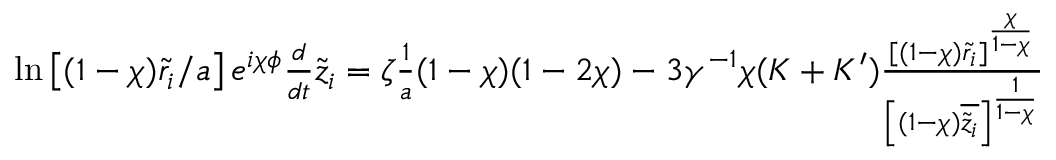
\begin{array} { r l } & { \ln \left[ ( 1 - \chi ) \tilde { r } _ { i } / a \right] e ^ { i \chi \phi } \frac { d } { d t } \tilde { z } _ { i } = \zeta \frac { 1 } { a } ( 1 - \chi ) ( 1 - 2 \chi ) - 3 \gamma ^ { - 1 } \chi ( K + K ^ { \prime } ) \frac { [ ( 1 - \chi ) \tilde { r } _ { i } ] ^ { \frac { \chi } { 1 - \chi } } } { \left[ ( 1 - \chi ) \overline { { \tilde { z } _ { i } } } \right] ^ { \frac { 1 } { 1 - \chi } } } } \end{array}